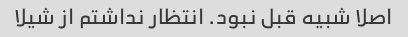
اصلا شبیه قبل نبود. انتظار نداشتم از شیلا